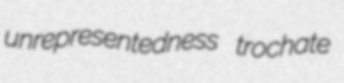
unrepresentedness trochate